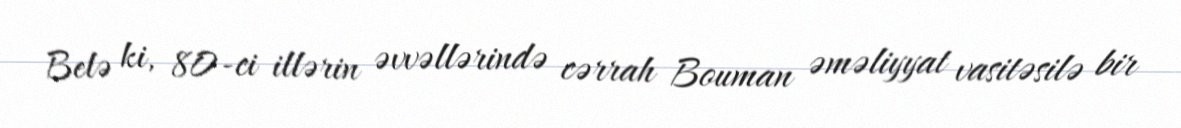
Belə ki, 80-ci illərin əvvəllərində cərrah Bouman əməliyyat vasitəsilə bir